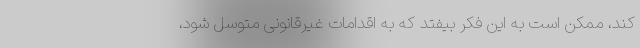
کند، ممکن است به این فکر بیفتد که به اقدامات غیرقانونی متوسل شود،